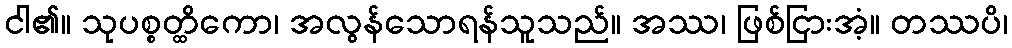
ငါ၏။ သုပစ္စတ္ထိကော၊ အလွန်သောရန်သူသည်။ အဿ၊ ဖြစ်ငြားအံ့။ တဿပိ၊